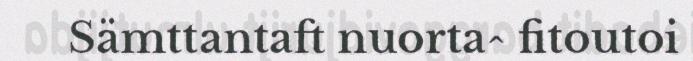
Sämttantaft nuorta^ fitoutoi